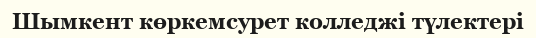
Шымкент көркемсурет колледжі түлектері